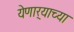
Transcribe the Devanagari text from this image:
येणार्‍याच्या